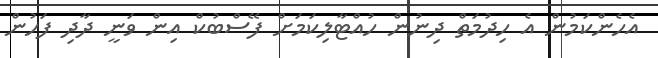
އެހެންކަމުން އެ ހިދުމަތް ދިނުން ހުއްޓާލިކަމަށް ފޭސްބުކް އިން ވަނީ ދާދި ފަހުން